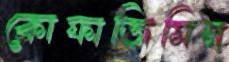
ক্লোফাজিমিন